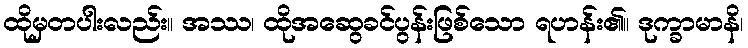
ထိုမှတပါးလည်း။ အဿ၊ ထိုအဆွေခင်ပွန်းဖြစ်သော ရဟန်း၏။ ဒုက္ခာမာနိ၊